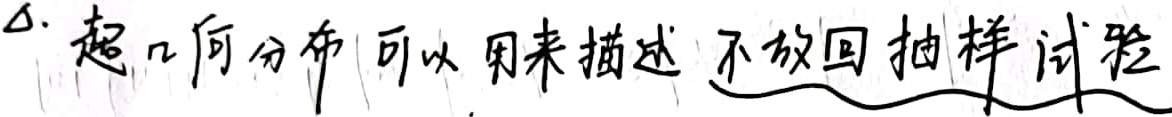
∴ 超几何分布可以用来描述不放回抽样试验